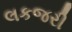
લકજરી